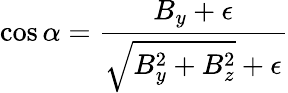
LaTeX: \cos\alpha=\frac{B_{y}+\epsilon}{\sqrt{B_{y}^{2}+B_{z}^{2}}+\epsilon}